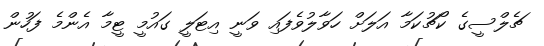
ޗެލްސީގެ ކޯޗުކަމާ އަލަށް ހަވާލުވެފައި ވަނީ އިޓަލީ ގައުމީ ޓީމާ އެންމެ ފަހުން